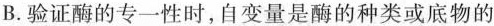
B.验证酶的专一性时，自变量是酶的种类或底物的